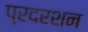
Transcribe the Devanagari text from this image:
प्रदरशन